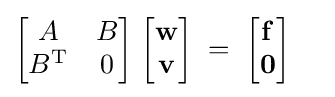
{\begin{bmatrix}A&B\\B^{\textrm {T}}&0\end{bmatrix}}\;{\begin{bmatrix}\mathbf {w} \\\mathbf {v} \end{bmatrix}}\;=\;{\begin{bmatrix}\mathbf {f} \\\mathbf {0} \end{bmatrix}}\;\;\;\;